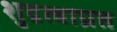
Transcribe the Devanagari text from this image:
शुद्रत्वाप्रत